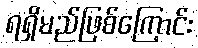
ရရှိမည်ဖြစ်ကြောင်း